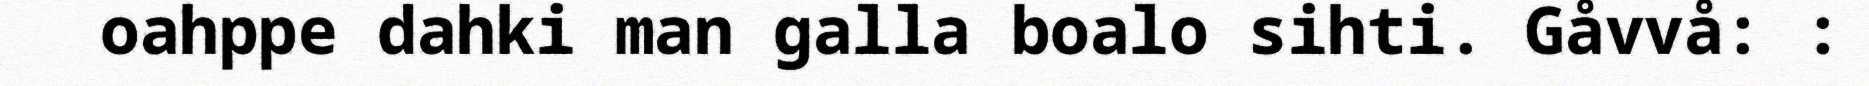
oahppe dahki man galla boalo sihti. Gåvvå: :